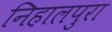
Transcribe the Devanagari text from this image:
निहालपुरा